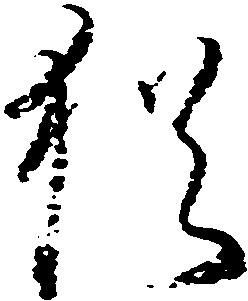
猶